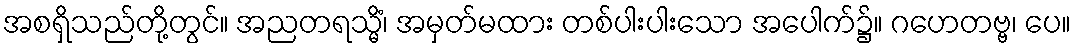
အစရှိသည်တို့တွင်။ အညတရသ္မိံ၊ အမှတ်မထား တစ်ပါးပါးသော အပေါက်၌။ ဂဟေတဗ္ဗ၊ ပေ။